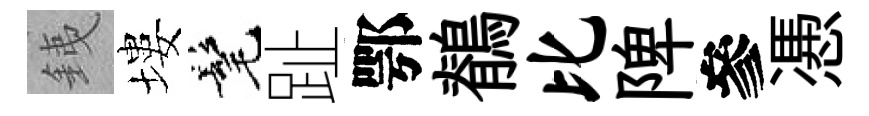
銕塿髦趾鄂鶺比陴參慿